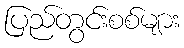
ပြည်တွင်းစစ်များ